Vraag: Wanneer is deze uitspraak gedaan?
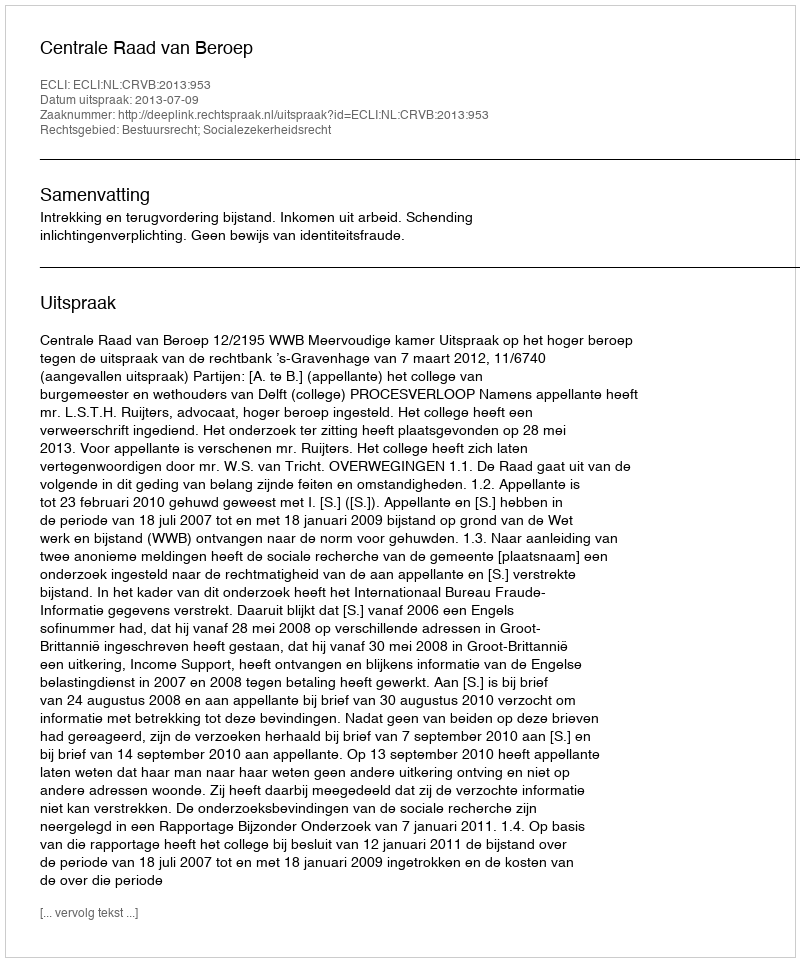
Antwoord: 2013-07-09